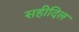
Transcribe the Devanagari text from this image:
सहीदिल